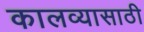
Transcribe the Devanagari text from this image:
कालव्यासाठी